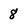
Character: 8